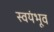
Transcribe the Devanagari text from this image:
स्वयंभूव